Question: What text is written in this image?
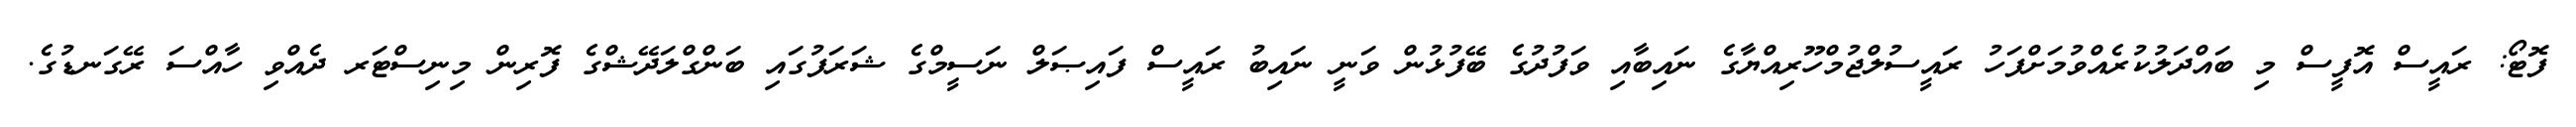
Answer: ފޮޓޯ: ރައީސް އޮފީސް މި ބައްދަލުކުރެއްވުމަށްފަހު ރައީސުލްޖުމްހޫރިއްޔާގެ ނައިބާއި ވަފުދުގެ ބޭފުޅުން ވަނީ ނައިބު ރައީސް ފައިޞަލް ނަސީމްގެ ޝަރަފުގައި ބަންގްލަދޭޝްގެ ފޮރިން މިނިސްޓަރ ދެއްވި ހާއްސަ ރޭގަނޑުގެ.